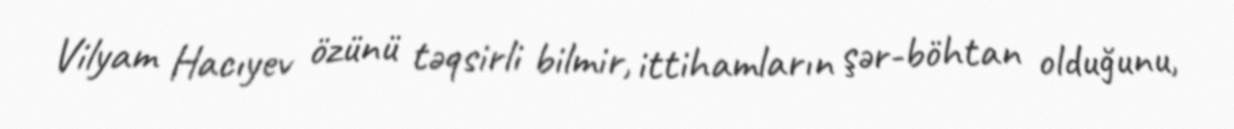
Vilyam Hacıyev özünü təqsirli bilmir, ittihamların şər-böhtan olduğunu,